Medical and sanitary report of the native army of Bengal for the year
Year: 1875
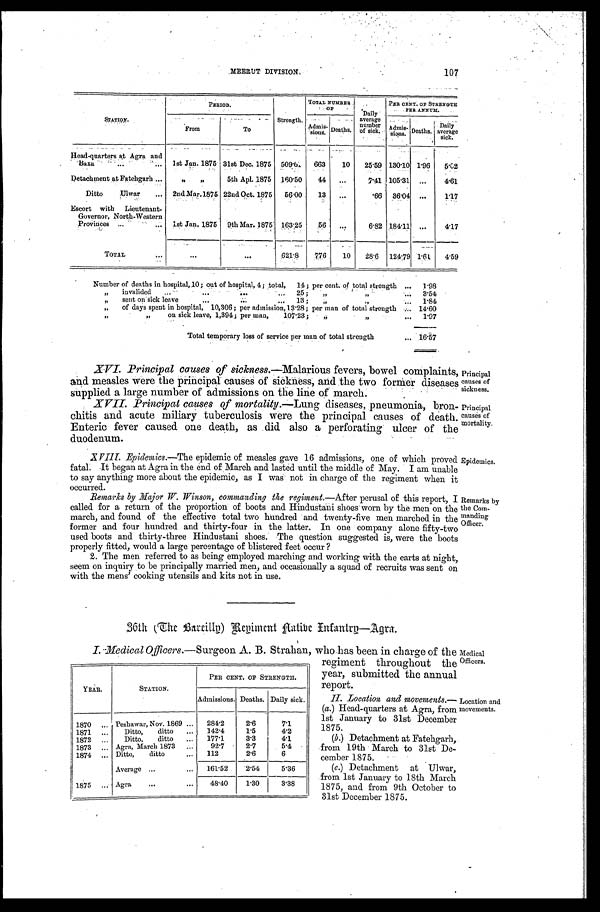
Principal
causes of
sickness.
Principal
causes of
mortality.
107
MEERUT DIVISION.
S T A T I O N .
P E R I O D .
Strength.
TOTAL NUMBER OF
Daily
average
number
of sick.
PER CENT. OF STRENGTH
PER ANNUM.
From
To
A d m i s - s i o n s . Deaths.
A d m i s - s i o n s .
Deaths.
Daily
average sick.
Head-quarters at Agra and B a x a . . .
1st Jan. 1875 31st Dec. 1875 5 0 9 . 6 1
663
10
25.59 130.10 1.96
5 . 0 2
Detachment at Fatehgarh . . .
" "
5th Apl. 1875 160.50
44
. . .
7.41 105.31 . . .
4.61
Ditto Ulwar . . . 2nd Mar.1875 22nd Oct. 1875 56.00
13
. . .
.66 36.04 . . .
1.17
Escort with Lieutenant -
Governor, North-Western
Provinces
. . . 1st Jan. 1875 9th Mar. 1875 163.25
56
. . .
6.82 184.11 . . .
4.17
TOTAL . . .
. . .
. . .
621.8
776
10
28.6 124.79 1.61 4.59
Number of deaths in hospital, 10; out of hospital, 4; total, 14; per cent. of total strength . . . 1.98
" i n v a l i d e d . . . 2 5 ; " " . . .
3.54
" sent on sick leave . . . 13; " " . . .
1.84
" of days spent in hospital, 10,306; per admission, 13.28; per man of total strength . . . 14.60
" " on sick leave, 1,394; per man, 107.23;
" " . . .
1.97
Total temporary loss of service per man of total strength . . . 16.57
XVI. Principal causes of sickness .—Malarious fevers, bowel complaints,
and measles were the principal causes of sickness, and the two former diseases
supplied a large number of admissions on the line of march.
XVII. Principal causes of mortality .—Lung diseases, pneumonia, bron
-chitis and acute miliary tuberculosis were the principal causes of death.
Enteric fever caused one death, as did also a perforating ulcer of the
duodenum.
XVIII. Epidemics .—The epidemic of measles gave 16 admissions, one of which proved
fatal. It began at Agra in the end of March and lasted until the middle of May. I am unable
to say anything more about the epidemic, as I was not in charge of the regiment when it
occurred.
Remarks by Major W. Winson, commanding the regiment.—After perusal of this report, I
called for a return of the proportion of boots and Hindustani shoes worn by the men on the
march, and found of the effective total two hundred and twenty-five men marched in the
former and four hundred and thirty-four in the latter. In one company alone fifty-two
used boots and thirty-three Hindustani shoes. The question suggested is, were the boots
properly fitted, would a large percentage of blistered feet occur?
Epidemics.
Remarks by
the Com
-manding
Officer.
2. The men referred to as being employed marching and working with the carts at night,
seem on inquiry to be principally married men, and occasionally a squad of recruits was sent on
with the mens' cooking utensils and kits not in use.
36th (The Bareilly)
Regiment Aatibe Infantry—Agra.
I . M e d i c a l O f f i c e r s
. — S u r g e o n A . B . S t r a h a n , w h o h a s b e e n i n c h a r g e o f t h e
regiment throughout the
year, submitted the annual
report.
II. Location and movements.
— ( a . )
H e a d - q u a r t e r s a t A g r a , f r o m
1st January to 31st December
1875.
(b .) Detachment at Fatehgarh,
from 19th March to 31st De
-cember 1875.
(c.) Detachment at Ulwar,
from 1st January to 18th March
1875, and from 9th October to
31st December 1875.
YEAR.
STATION.
PER CENT. OF STRENGTH.
Admissions. Deaths. Daily sick.
1 8 7 0 . . .
Peshawar, Nov. 1869 . . .
284.2
2.6
7.1
1871 . . .
Ditto, ditto . . .
142.4
1.5
4.2
1872 . . .
Ditto, ditto . . .
177.1
3.3
4.1
1 8 7 3 . . .
Agra, March 1873 . . .
92.7
2.7
5.4
1874 . . . Ditto, ditto . . .
112
2.6
6
Average . . .
161.52
2.54
5.36
1875
. . . Agra . . .
48.40
1.30
3.38
Medical
Officers.
Location and
movements.